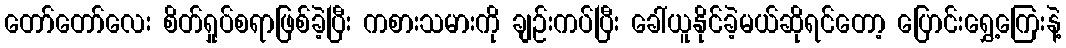
တော်တော်လေး စိတ်ရှုပ်စရာဖြစ်ခဲ့ပြီး ကစားသမားကို ချဉ်းကပ်ပြီး ခေါ်ယူနိုင်ခဲ့မယ်ဆိုရင်တော့ ပြောင်းရွှေ့ကြေးနဲ့